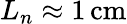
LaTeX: L_{n}\approx 1\, \mathrm{cm}